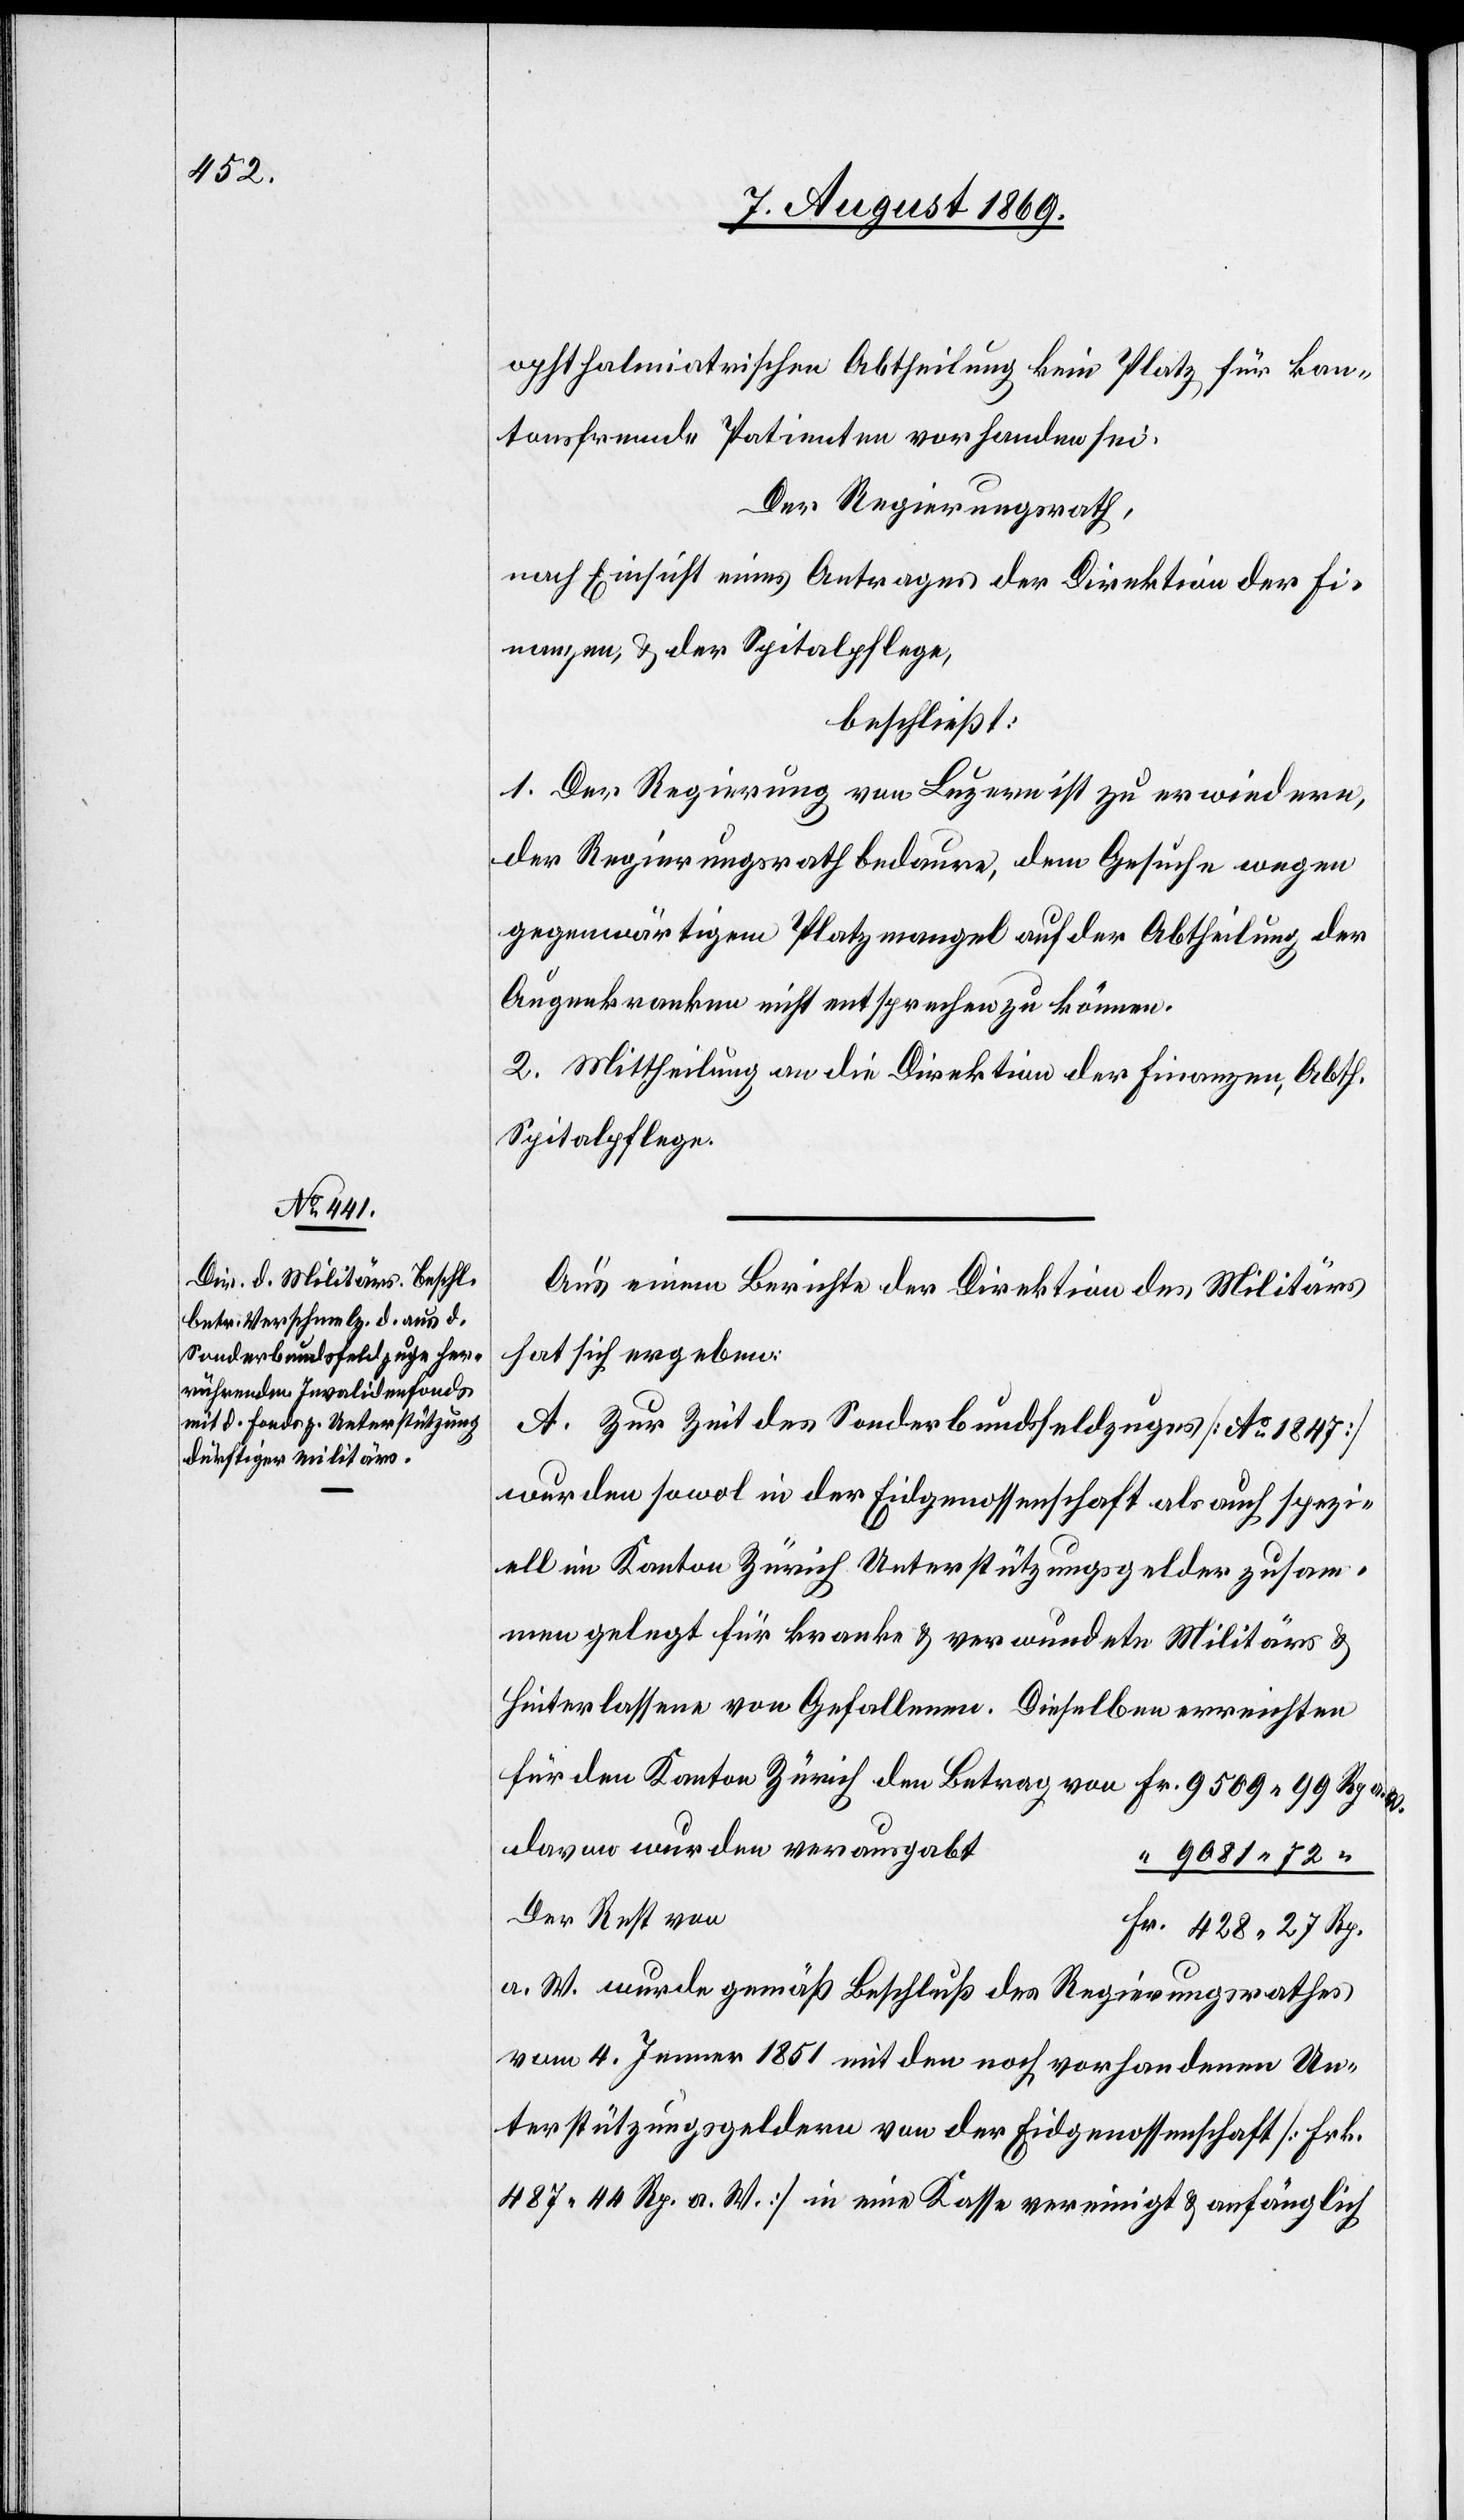
opthalmiatrischen Abtheilung kein Platz für kan¬
tonsfremde Patienten vorhanden sei.
Der Regierungsrath,
nach Einsicht eines Antrages der Direktion der Fi¬
nanzen, & der Spitalpflege,
beschließt:
1. Der Regierung von Luzern ist zu erwiedern,
der Regierungsrath bedaure, dem Gesuche wegen
gegenwärtigem Platzmangel auf der Abtheilung der
Augenkranken nicht entsprechen zu können.
2. Mittheilung an die Direktion der Finanzen, Abth.
Spitalpflege.
Aus einem Berichte der Direktion des Militärs
hat sich ergeben:
A. Zur Zeit des Sonderbundsfeldzuges [Ao 1847]
wurden sowol in der Eidgenossenschaft als auch spezi¬
ell im Kanton Zürich Unterstützungsgelder zusam¬
mengelegt für kranke & verwundete Militärs &
Hinterlassene von Gefallenen. Dieselben erreichten
davon wurden verausgabt
9081.72
Der Rest von
wurde gemäß Beschluß des Regierungsrathes
vom 4. Jenner 1851 mit den noch vorhandenen Un¬
terstützungsgeldern von der Eidgenossenschaft [Frk.
487.44 Rp. a. W.] in eine Kasse vereinigt & anfänglich